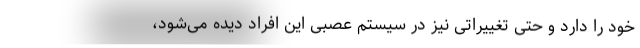
خود را دارد و حتی تغییراتی نیز در سیستم عصبی این افراد دیده می‌شود،